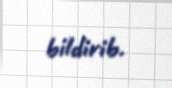
bildirib.